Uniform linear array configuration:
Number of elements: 24
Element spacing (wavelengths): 0.75
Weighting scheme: hann
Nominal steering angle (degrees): -30
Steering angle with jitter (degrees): -30.281
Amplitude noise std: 0.05
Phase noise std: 0.05

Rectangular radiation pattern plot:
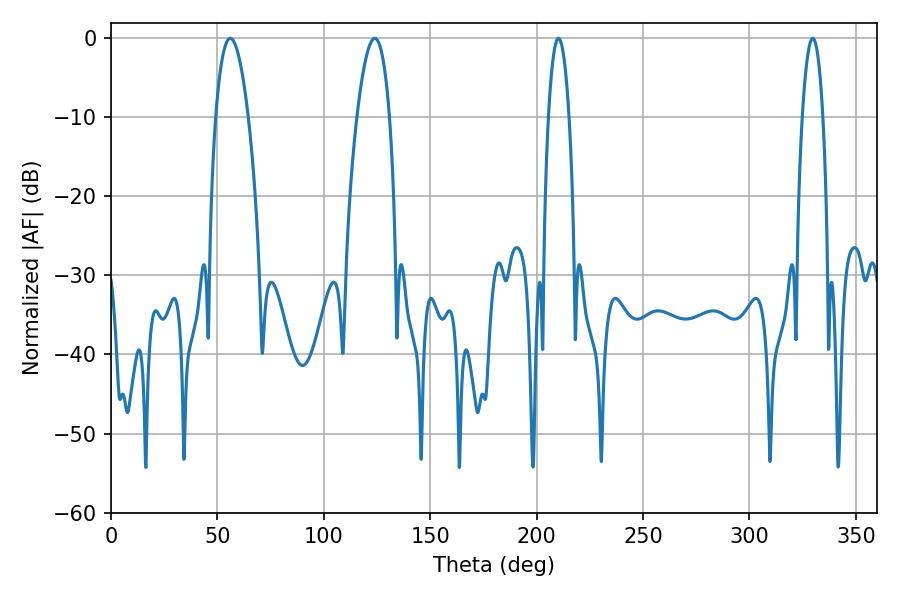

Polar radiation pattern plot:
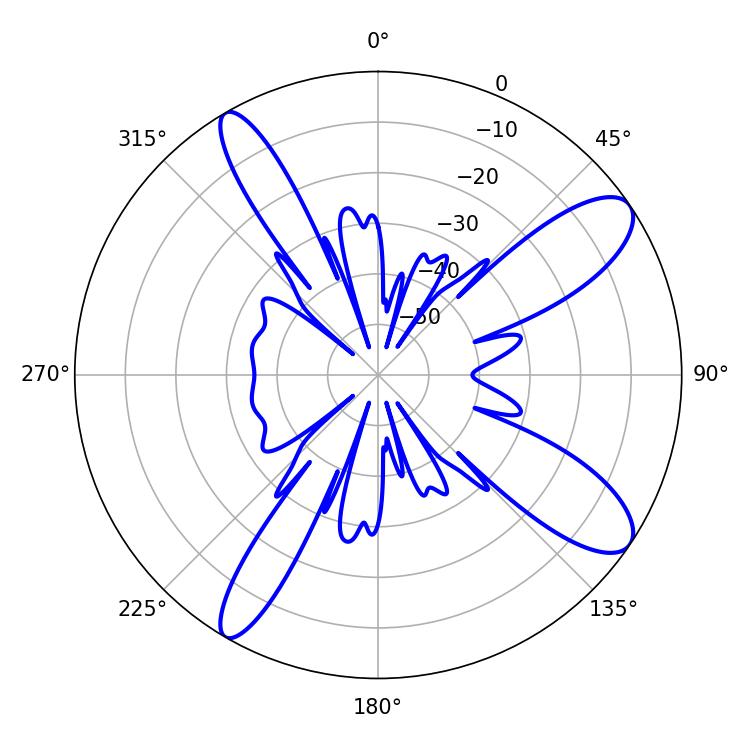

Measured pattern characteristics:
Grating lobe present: TRUE
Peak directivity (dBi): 10.93
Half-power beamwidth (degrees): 5.4
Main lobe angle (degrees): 210.24